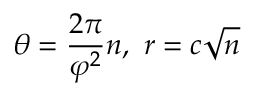
\theta = { \frac { 2 \pi } { \varphi ^ { 2 } } } n , \ r = c { \sqrt { n } }